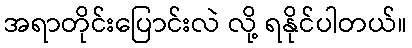
အရာတိုင်းပြောင်းလဲ လို့ ရနိုင်ပါတယ်။